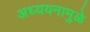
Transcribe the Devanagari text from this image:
अध्ययनामुळे